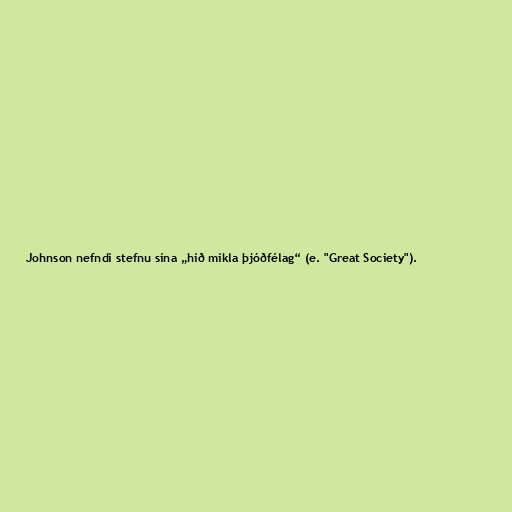
Johnson nefndi stefnu sína „hið mikla þjóðfélag“ (e. "Great Society").